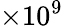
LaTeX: \times 10^{9}